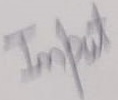
Text: Input